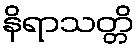
နိရာသတ္တိ